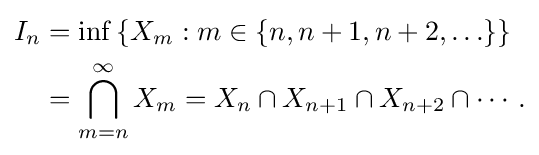
{\begin{aligned}I_{n}&=\inf \,\{X_{m}:m\in \{n,n+1,n+2,\ldots \}\}\\&=\bigcap _{m=n}^{\infty }X_{m}=X_{n}\cap X_{n+1}\cap X_{n+2}\cap \cdots .\end{aligned}}